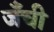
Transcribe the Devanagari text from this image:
जँची